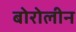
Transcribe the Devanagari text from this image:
बोरोलीन